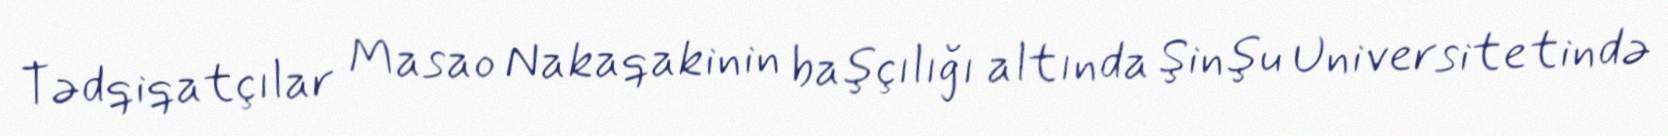
Tədqiqatçılar Masao Nakaqakinin başçılığı altında Şinşu Universitetində